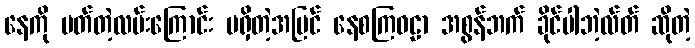
နေကို ပတ်တဲ့လမ်းကြောင်း မရှိတဲ့အပြင် နေစကြဝဠာ အစွန်ဘက် ခိုင်ပါဘဲ့လ်တ် ဆိုတဲ့